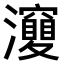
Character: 𤄘